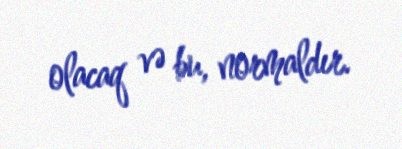
olacaq və bu, normaldır.